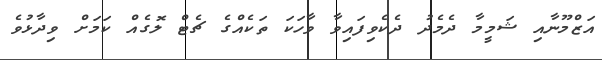
އަޒްމޫނާއި ޝަމީމާ ދެމެދު ދެކެވިފައިވާ ވާހަކަ ތަކެއްގެ ޗެޓް ލޮގެއް ކަމަށް ވިދާޅުވެ